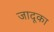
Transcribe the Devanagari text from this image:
जादूका